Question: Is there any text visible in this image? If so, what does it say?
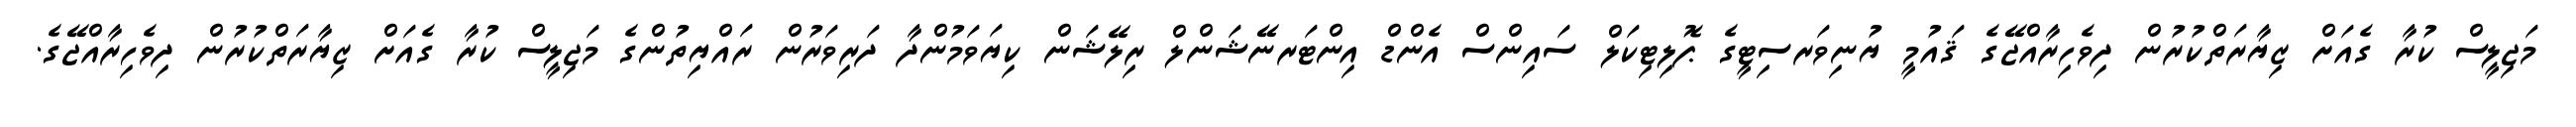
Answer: މަޖިލީސް ކުރާ ގެއަށް ޒިޔާރަތްކުރުން ދިވެހިރާއްޖޭގެ ޤައުމީ ޔުނިވަރސިޓީގެ ޕޮލިޓިކަލް ސައިންސް އެންޑް އިންޓަރނޭޝަންލް ރިލޭޝަން ކިޔަވަމުންދާ ދަރިވަރުން ރައްޔިތުންގެ މަޖިލީސް ކުރާ ގެއަށް ޒިޔާރަތްކުރުން ދިވެހިރާއްޖޭގެ.